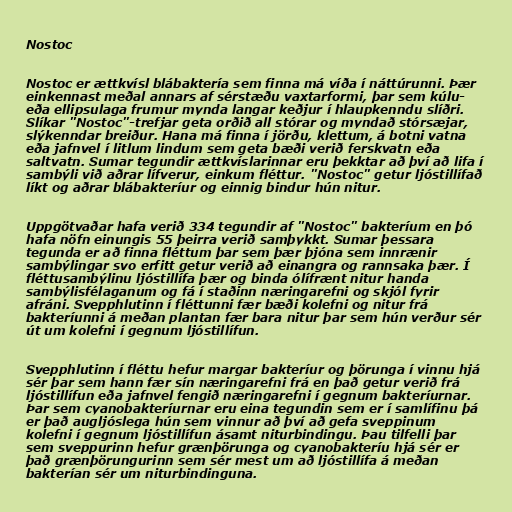
Nostoc

Nostoc er ættkvísl blábaktería sem finna má víða í náttúrunni. Þær
einkennast meðal annars af sérstæðu vaxtarformi, þar sem kúlu-
eða ellipsulaga frumur mynda langar keðjur í hlaupkenndu slíðri.
Slíkar "Nostoc"-trefjar geta orðið all stórar og myndað stórsæjar,
slýkenndar breiður. Hana má finna í jörðu, klettum, á botni vatna
eða jafnvel í litlum lindum sem geta bæði verið ferskvatn eða
saltvatn. Sumar tegundir ættkvíslarinnar eru þekktar að því að lifa í
sambýli við aðrar lífverur, einkum fléttur. "Nostoc" getur ljóstillífað
líkt og aðrar blábakteríur og einnig bindur hún nitur.

Uppgötvaðar hafa verið 334 tegundir af "Nostoc" bakteríum en þó
hafa nöfn einungis 55 þeirra verið samþykkt. Sumar þessara
tegunda er að finna fléttum þar sem þær þjóna sem innrænir
sambýlingar svo erfitt getur verið að einangra og rannsaka þær. Í
fléttusambýlinu ljóstillífa þær og binda ólífrænt nitur handa
sambýlisfélaganum og fá í staðinn næringarefni og skjól fyrir
afráni. Svepphlutinn í fléttunni fær bæði kolefni og nitur frá
bakteríunni á meðan plantan fær bara nitur þar sem hún verður sér
út um kolefni í gegnum ljóstillífun.

Svepphlutinn í fléttu hefur margar bakteríur og þörunga í vinnu hjá
sér þar sem hann fær sín næringarefni frá en það getur verið frá
ljóstillífun eða jafnvel fengið næringarefni í gegnum bakteríurnar.
Þar sem cyanobakteríurnar eru eina tegundin sem er í samlífinu þá
er það augljóslega hún sem vinnur að því að gefa sveppinum
kolefni í gegnum ljóstillífun ásamt niturbindingu. Þau tilfelli þar
sem sveppurinn hefur grænþörunga og cyanobakteríu hjá sér er
það grænþörungurinn sem sér mest um að ljóstillífa á meðan
bakterían sér um niturbindinguna.